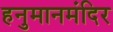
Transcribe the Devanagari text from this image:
हनुमानमंदिर